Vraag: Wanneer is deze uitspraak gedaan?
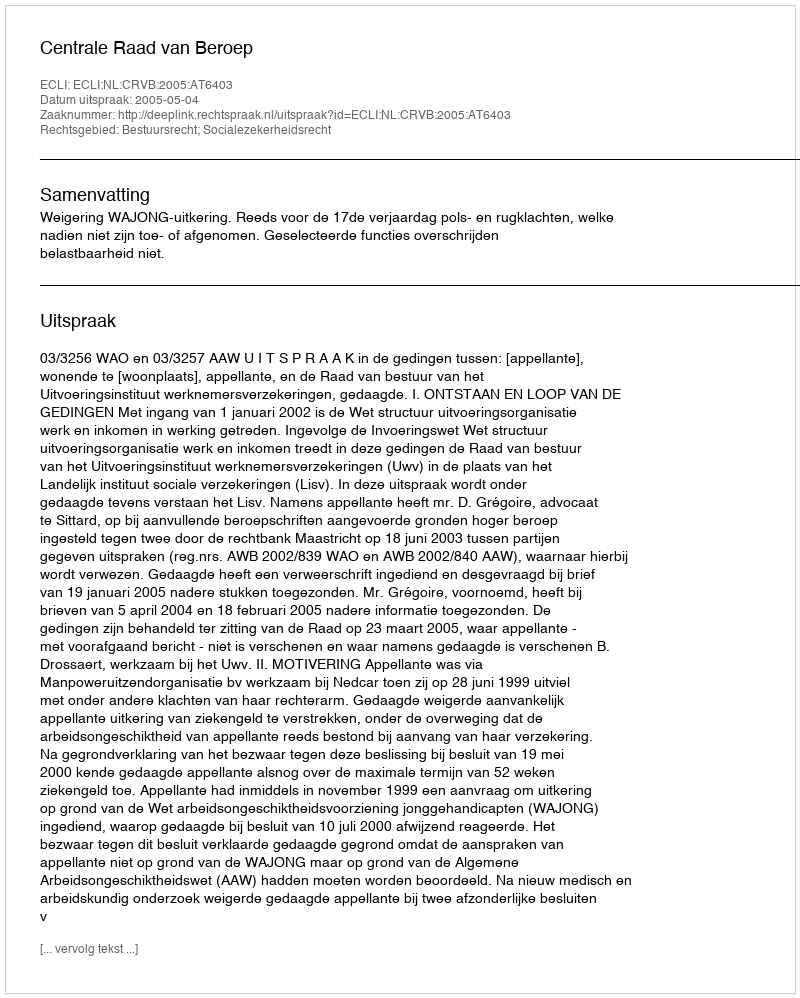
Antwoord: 2005-05-04